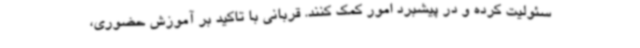
سئولیت کرده و در پیشبرد امور کمک کنند. قربانی با تاکید بر آموزش حضوری،